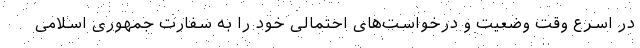
در اسرع وقت وضعیت و درخواست‌های احتمالی خود را به سفارت جمهوری اسلامی